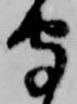
守